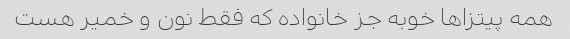
همه پیتزاها خوبه جز خانواده که فقط نون و خمیر هست